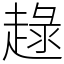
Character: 趢